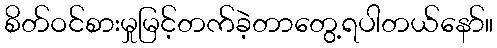
စိတ်ဝင်စားမှုမြင့်တက်ခဲ့တာတွေ့ရပါတယ်နော်။